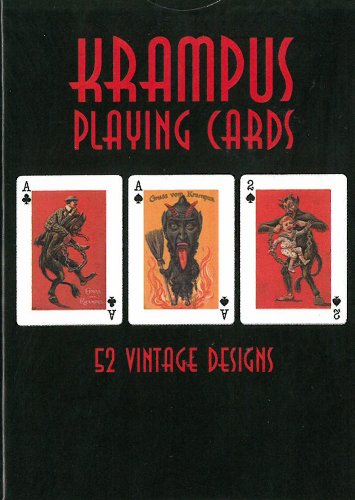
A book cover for Krampus Playing Cards; Monte Beauchamp; Humor & Entertainment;